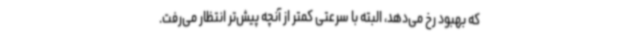
که بهبود رخ می‌دهد، البته با سرعتی کمتر از آنچه پیش‌تر انتظار می‌رفت.